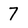
Character: 7